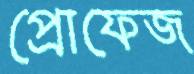
প্রোফেজ